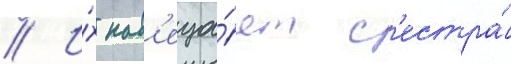
// И́х нав'еща́ет с'естра́